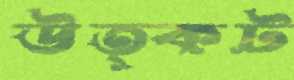
উত্কট